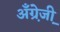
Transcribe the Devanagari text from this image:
अँग्रे़जी़